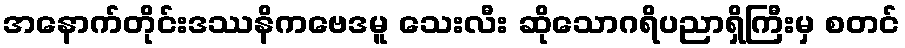
အနောက်တိုင်းဒဿနိကဗေဒမူ သေးလီး ဆိုသောဂရိပညာရှိကြီးမှ စတင်